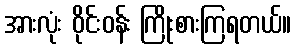
အားလုံး ဝိုင်းဝန်း ကြိုးစားကြရတယ်။